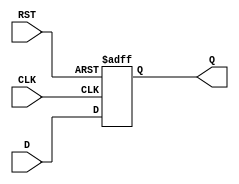
// This program was cloned from: https://github.com/steveicarus/ivtest
// License: GNU General Public License v2.0


module DFF
  (output reg Q,
   input wire D,
   input wire CLK,
   input wire RST
   /* */);

   always @(posedge CLK or posedge RST)
     if (RST)
       Q <= 0;
     else
       Q <= D;

endmodule // dut

module main;

   wire q;
   reg	d, clk, rst;
   DFF dut (.Q(q), .D(d), .CLK(clk), .RST(rst));

   initial begin
      clk <= 1;
      d <= 1;

      #1 rst <= 1;
      #1 if (q !== 1'b0) begin
	 $display("FAILED -- RST=%b, Q=%b", rst, q);
	 $finish;
      end

      #1 rst <= 0;
      #1 if (q !== 1'b0) begin
	 $display("FAILED -- RST=%b, Q=%b", rst, q);
	 $finish;
      end

      #1 clk <= 0;
      #1 clk <= 1;
      #1 if (q !== d) begin
	 $display("FAILED -- Q=%b, D=%b", q, d);
	 $finish;
      end

      $display("PASSED");
      $finish;
   end

endmodule // main